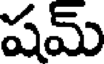
షమ్